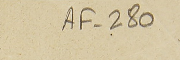
AF-280